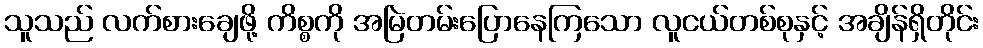
သူသည် လက်စားချေဖို့ ကိစ္စကို အမြဲတမ်းပြောနေကြသော လူငယ်တစ်စုနှင့် အချိန်ရှိတိုင်း